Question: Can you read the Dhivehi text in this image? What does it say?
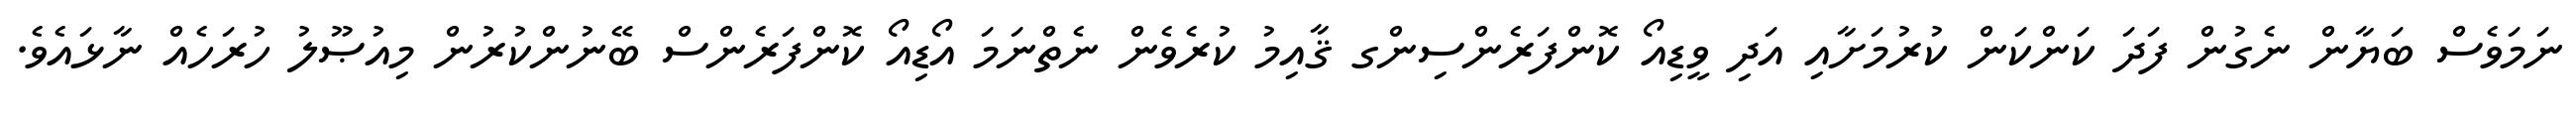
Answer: ނަމަވެސް ބަޔާން ނެގުން ފަދަ ކަންކަން ކުރުމަށާއި އަދި ވީޑިއޯ ކޮންފަރެންސިންގ ޤާއިމު ކުރެވެން ނެތްނަމަ އޯޑިއޯ ކޮންފަރެންސް ބޭނުންކުރުން މިއުޞޫލު ހުރަހެއް ނާޅައެވެ.